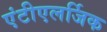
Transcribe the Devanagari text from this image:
एंटीएलर्जिक